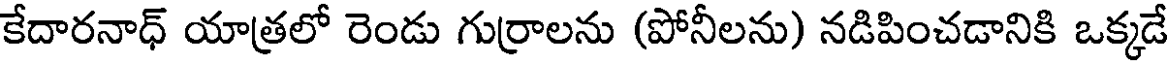
కేదారనాధ్ యాత్రలో రెండు గుర్రాలను (పోనీలను) నడిపించడానికి ఒక్కడే